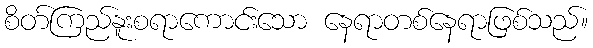
စိတ်ကြည်နူးစရာကောင်းသော နေရာတစ်နေရာဖြစ်သည်။